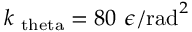
k _ { \mathrm { \ t h e t a } } = 8 0 ~ \epsilon / \mathrm { r a d } ^ { 2 }